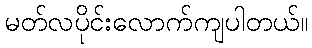
မတ်လပိုင်းလောက်ကျပါတယ်။